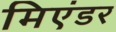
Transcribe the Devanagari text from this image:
मिएंडर